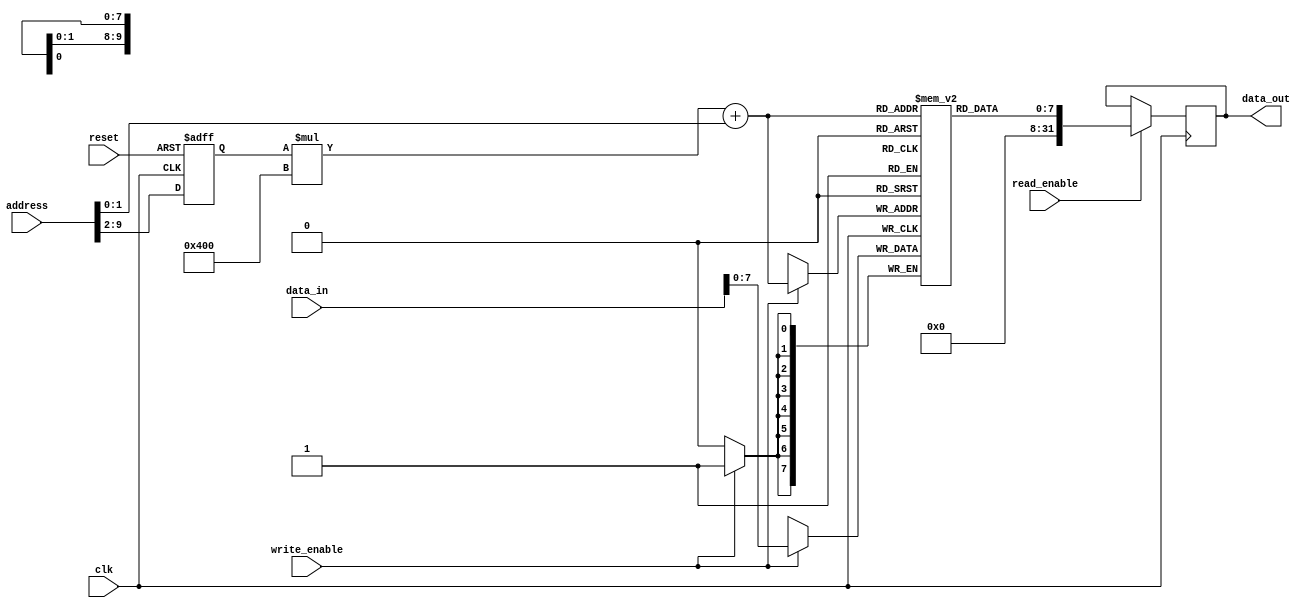
module SDRAM (
    input wire clk,
    input wire reset,
    input wire read_enable,
    input wire write_enable,
    input wire [31:0] address,
    input wire [31:0] data_in,
    output wire [31:0] data_out
);

// Parameters for SDRAM
parameter MEM_BLOCK_SIZE = 1024; // Number of bits in each Memory Block

// Declare internal signals
reg [7:0] memory[MEM_BLOCK_SIZE-1:0];
reg [7:0] selected_memory_block;

// Address decoding logic
always @ (posedge clk or posedge reset)
begin
    if (reset)
        selected_memory_block <= 8'h00;
    else
        selected_memory_block <= address[9:2]; // Extract bits for memory block selection
end

// Read and write operations
always @ (posedge clk)
begin
    if (read_enable)
        data_out <= memory[(selected_memory_block * MEM_BLOCK_SIZE) + address[1:0]];
    
    if (write_enable)
        memory[(selected_memory_block * MEM_BLOCK_SIZE) + address[1:0]] <= data_in;
end

endmodule